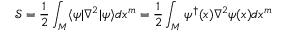
{ \mathcal { S } } = { \frac { 1 } { 2 } } \int _ { M } \langle \psi | \nabla ^ { 2 } | \psi \rangle d x ^ { m } = { \frac { 1 } { 2 } } \int _ { M } \psi ^ { \dagger } ( x ) \nabla ^ { 2 } \psi ( x ) d x ^ { m }